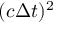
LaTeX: ( c \Delta t ) ^ { 2 }